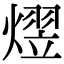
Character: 熤